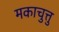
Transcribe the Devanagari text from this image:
मकाचुत्तु